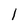
Character: 1